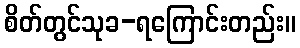
စိတ်တွင်သုခ-ရကြောင်းတည်း။